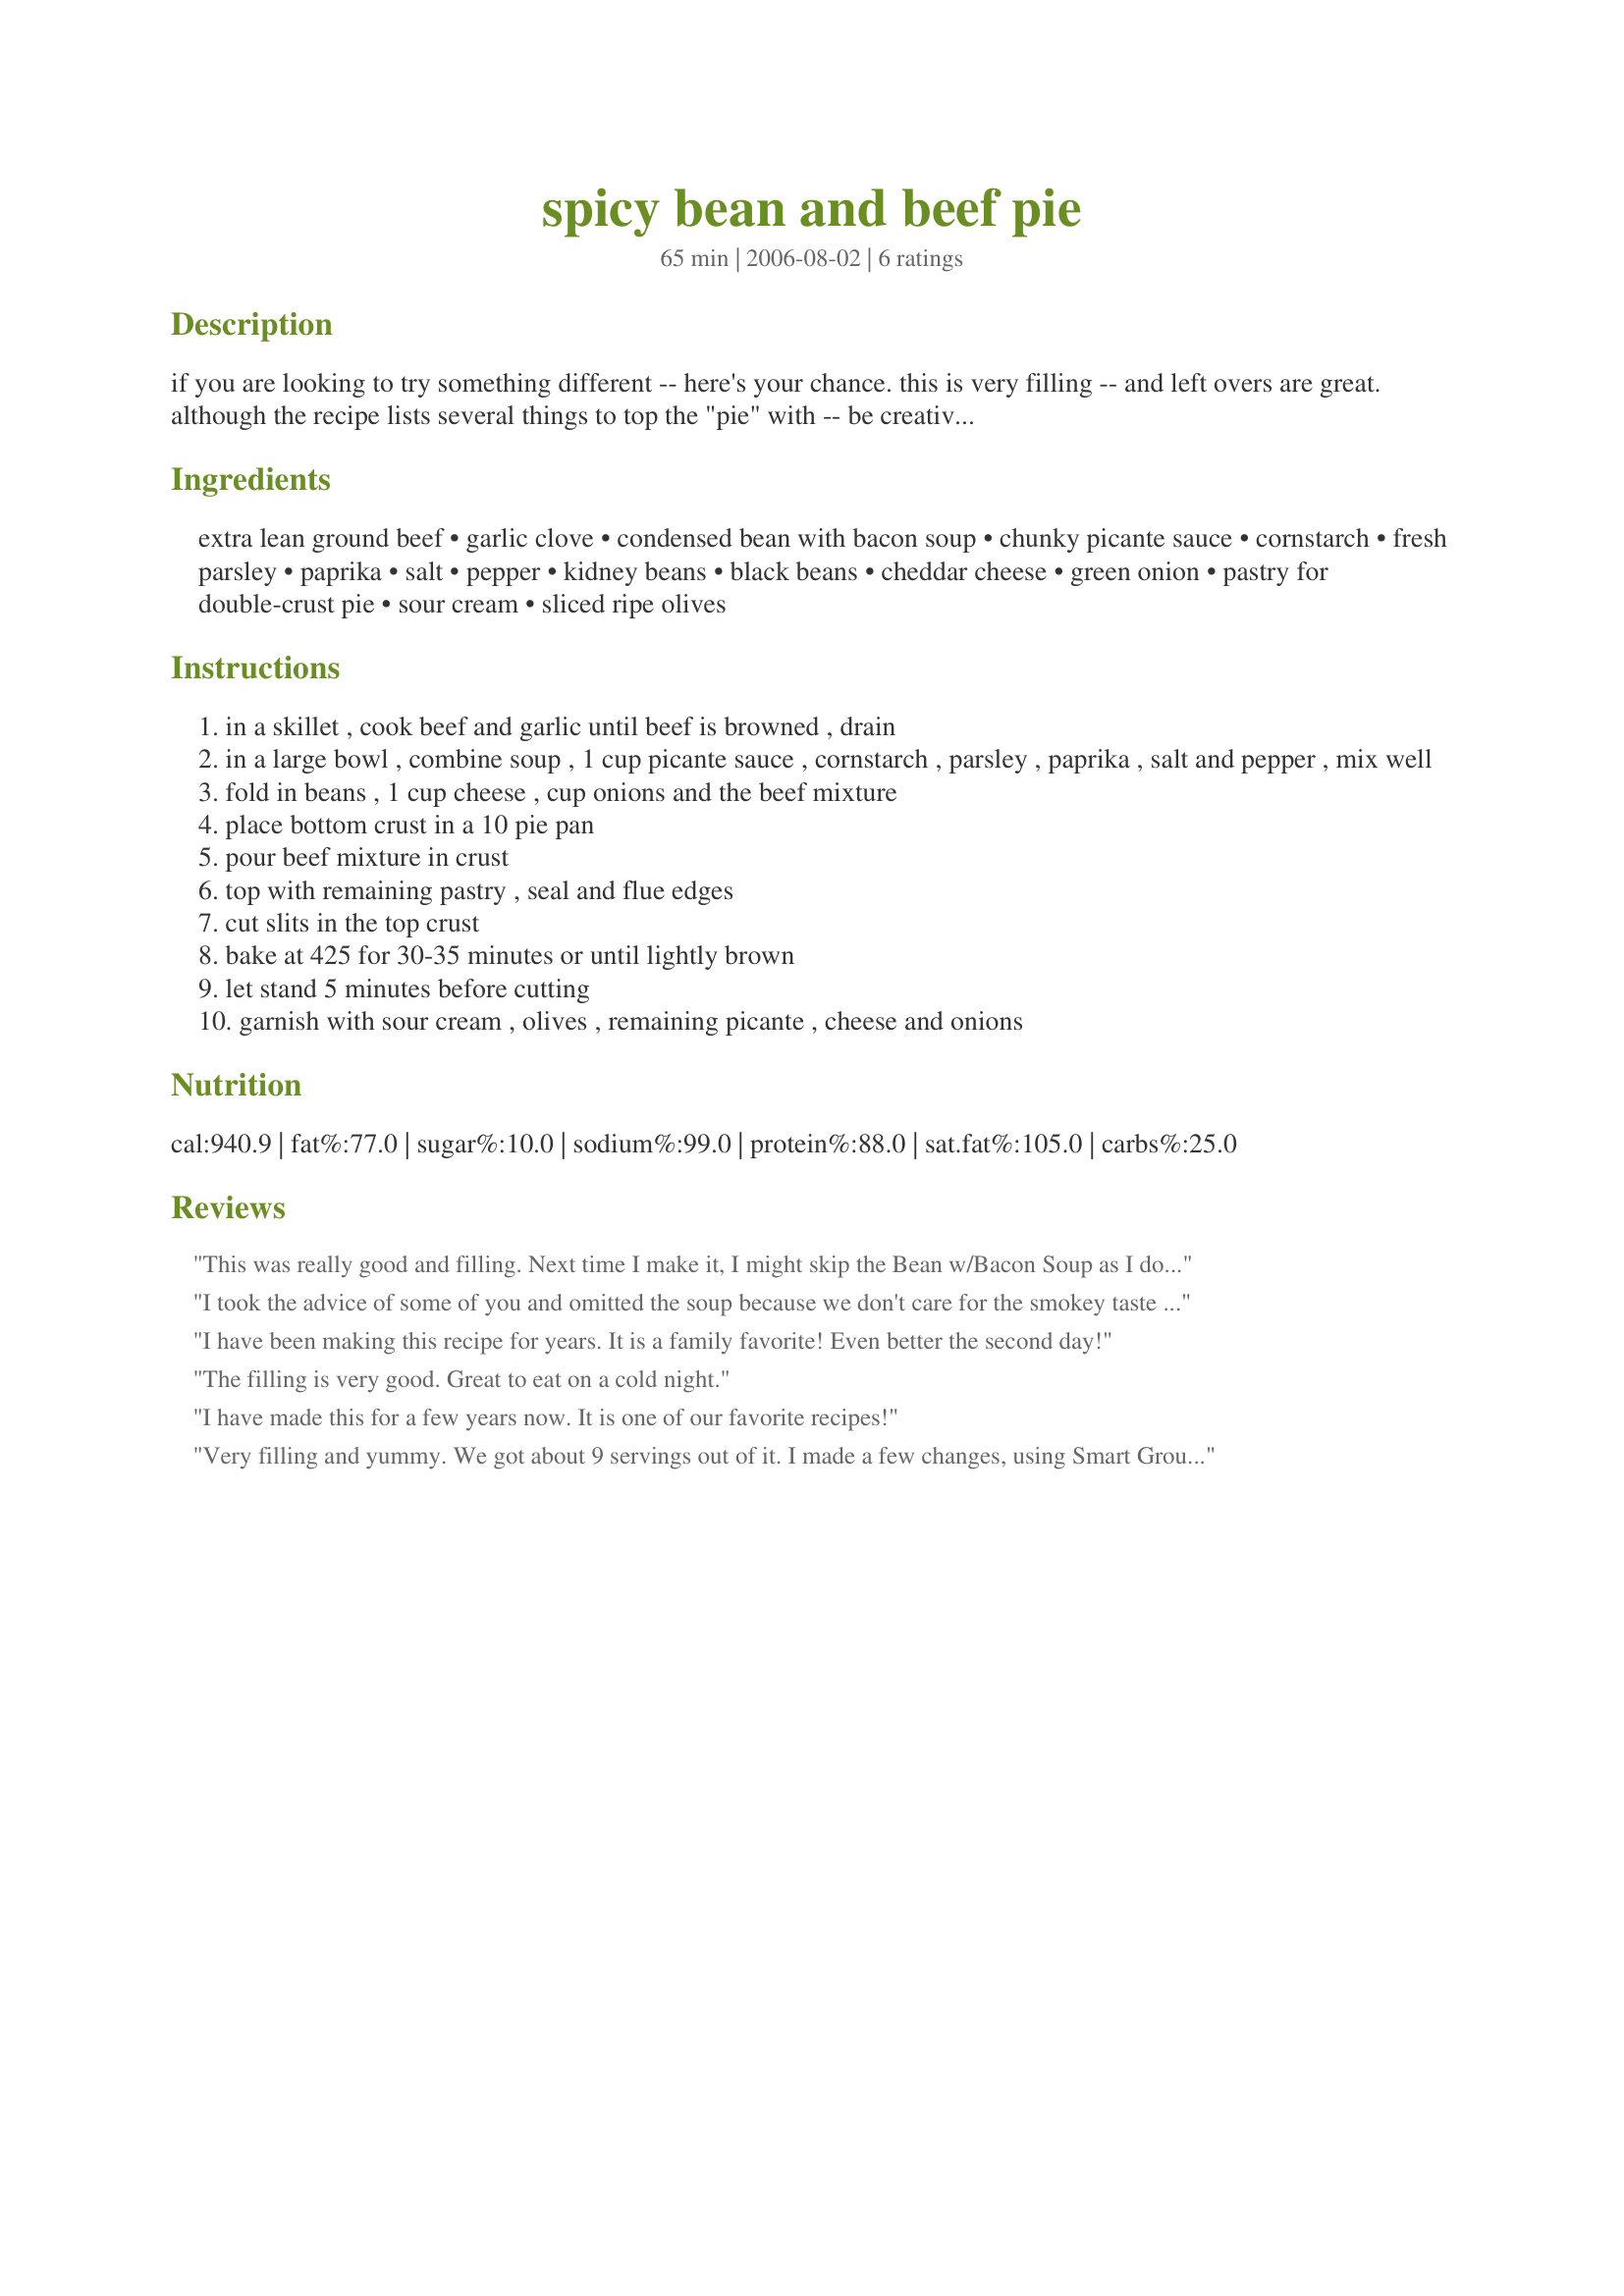
spicy bean and beef pie
Preparation time: 65 minutes

if you are looking to try something different -- here's your chance. this is very filling -- and left overs are great. although the recipe lists several things to top the "pie" with -- be creative and add whatever sounds good to you.

Ingredients:
extra lean ground beef, garlic clove, condensed bean with bacon soup, chunky picante sauce, cornstarch, fresh parsley, paprika, salt, pepper, kidney beans, black beans, cheddar cheese, green onion, pastry for double-crust pie, sour cream, sliced ripe olives

Steps:
in a skillet , cook beef and garlic until beef is browned , drain
in a large bowl , combine soup , 1 cup picante sauce , cornstarch , parsley , paprika , salt and pepper , mix well
fold in beans , 1 cup cheese , cup onions and the beef mixture
place bottom crust in a 10 pie pan
pour beef mixture in crust
top with remaining pastry , seal and flue edges
cut slits in the top crust
bake at 425 for 30-35 minutes or until lightly brown
let stand 5 minutes before cutting
garnish with sour cream , olives , remaining picante , cheese and onions

Reviews:
This was really good and filling. Next time I make it, I might skip the Bean w/Bacon Soup as I don't much care for the flavor. 
Thanks for the post.
I took the advice of some of you and omitted the soup because we don't care for the smokey taste of it and our dinner came out delicious. I also forgot to add the garlic but it was wonderful!
I have been making this recipe for years. It is a family favorite! Even better the second day!
The filling is very good. Great to eat on a cold night.
I have made this for a few years now. It is one of our favorite recipes!
Very filling and yummy. We got about 9 servings out of it. I made a few changes, using Smart Ground instead of beef, lowfat cheese, only half the can of soup (next time I'd leave it out -- didn't like the flavor), and only 3 T of cornstarch. It was really tasty, but the bottom pastry got a bit soggy. I think it would be good with just a top crust or -- even better -- a cornmeal top crust.
